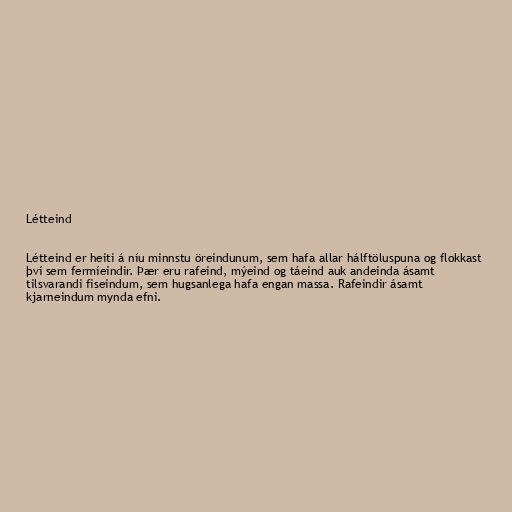
Létteind

Létteind er heiti á níu minnstu öreindunum, sem hafa allar hálftöluspuna og flokkast
því sem fermíeindir. Þær eru rafeind, mýeind og táeind auk andeinda ásamt
tilsvarandi fiseindum, sem hugsanlega hafa engan massa. Rafeindir ásamt
kjarneindum mynda efni.